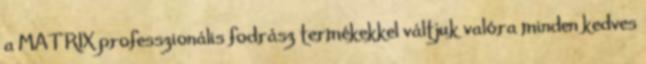
a MATRIX professzionális fodrász termékekkel váltjuk valóra minden kedves